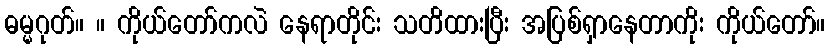
ဓမ္မဂုတ်။ ။ ကိုယ်တော်ကလဲ နေရာတိုင်း သတိထားပြီး အပြစ်ရှာနေတာကိုး ကိုယ်တော်။